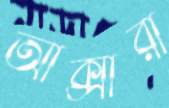
আক্সারা